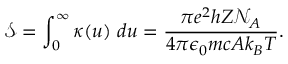
\mathscr { S } = \int _ { 0 } ^ { \infty } \kappa ( u ) ~ d u = \frac { \pi e ^ { 2 } h Z \mathcal { N } _ { A } } { 4 \pi \epsilon _ { 0 } m c A k _ { B } T } .